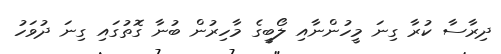
ދިރާސާ ކުރާ ގިނަ މީހުންނާއި ލޯބީގެ މާހިރުން ބުނާ ގޮތުގައި ގިނަ ދުވަހު